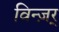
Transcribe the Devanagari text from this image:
विन्ज़र्